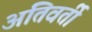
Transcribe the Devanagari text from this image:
अतिवर्ती